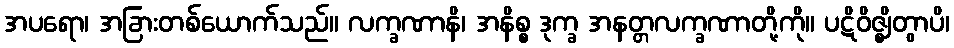
အပရော၊ အခြားတစ်ယောက်သည်။ လက္ခဏာနိ၊ အနိစ္စ ဒုက္ခ အနတ္တလက္ခဏာတို့ကို။ ပဋိဝိဇ္ဈိတွာပိ၊